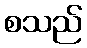
စသည်